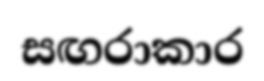
සඟරාකාර